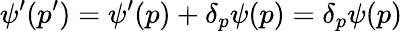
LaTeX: \psi^{\prime}(p^{\prime})=\psi^{\prime}(p)+\delta_{p}\psi(p)=\delta_{p}\psi(p)